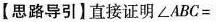
【思路导引】直接证明\angle ABC=